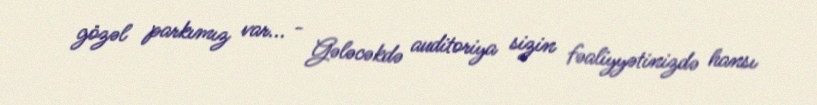
gözəl parkımız var... - Gələcəkdə auditoriya sizin fəaliyyətinizdə hansı